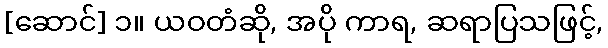
[ဆောင်] ၁။ ယဝတံဆို, အပို ကာရ, ဆရာပြသဖြင့်,